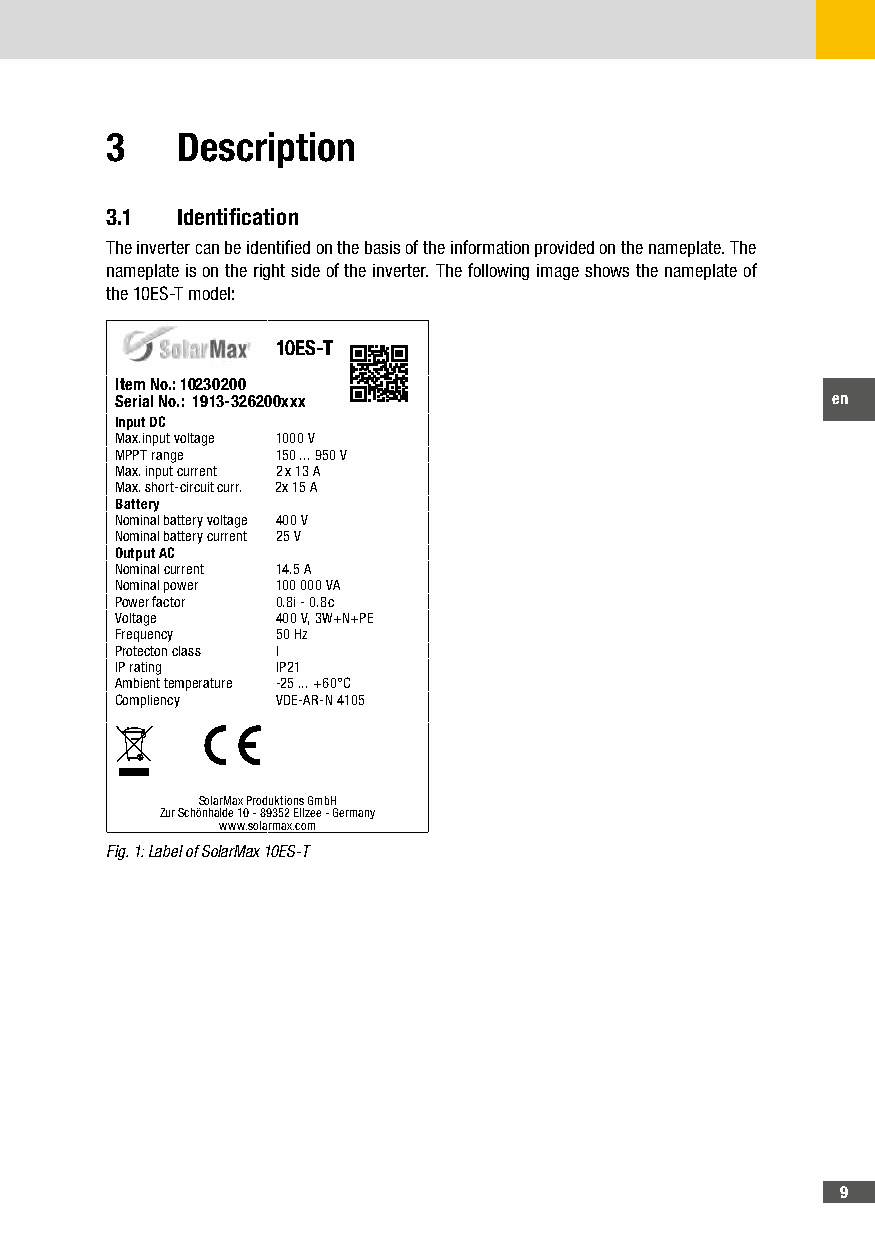
3    Description
 3�1  Identification
 The inverter can be identified on the basis of the information provided on the nameplate. The
 nameplate is on the right side of the inverter. The following image shows the nameplate of
 the 10ES-T model:
 10ES-T
 Item No�: 10230200
 Serial No�: 1913-326200xxx                     en
 Input DC
 Max.input voltage 1000 V
 MPPT range 150 ... 950 V
 Max. input current 2 x 13 A
 Max. short-circuit curr. 2x 15 A
 Battery
 Nominal battery voltage 400 V
 Nominal battery current 25 V
 Output AC
 Nominal current 14.5 A
 Nominal power 100 000 VA
 Power factor 0.8i - 0.8c
 Voltage   400 V, 3W+N+PE
 Frequency 50 Hz
 Protecton class I
 IP rating IP21
 Ambient temperature -25 ... +60°C
 Compliency VDE-AR-N 4105
 SolarMax Produktions GmbH
 Zur Schönhalde 10 - 89352 Ellzee - Germany
 www.solarmax.com
 Fig. 1: Label of SolarMax 10ES-T
 9